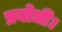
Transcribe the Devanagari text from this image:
प्रबोधी।